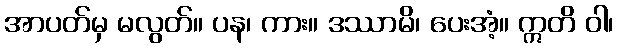
အာပတ်မှ မလွတ်။ ပန၊ ကား။ ဒဿာမိ၊ ပေးအံ့။ ဣတိ ဝါ၊